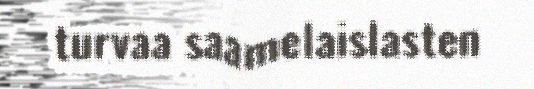
turvaa saamelaislasten